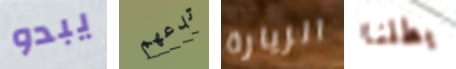
يبدو تدعهم الزيارة بطلنا